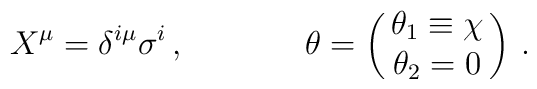
X^\mu = \delta^{i\mu}\sigma^i\, ,\hskip 1.5truecm \theta = \pmatrix{\theta_1\equiv \chi\cr                                   \theta_2 = 0}\, .